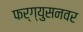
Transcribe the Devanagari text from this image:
फर्ग्युसनवर